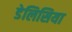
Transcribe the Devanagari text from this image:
डेलिसिया